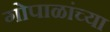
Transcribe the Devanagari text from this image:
गोपाळांच्या